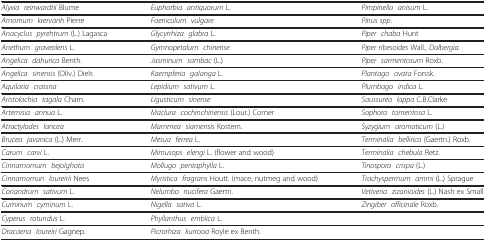
|  |  |  |
 | --- | --- | --- |
 | Alyxia reinwardtii Blume | Euphorbia antiquorum L. | Pimpinella anisum L. |
 | Amomum krervanh Pierre | Foeniculum vulgare | Pinus spp. |
 | Anacyclus pyrehtrum (L.) Lagasca | Glycyrrhiza glabra L. | Piper chaba Hunt |
 | Anethum graveolens L. | Gymnopetalum chinense | Piper ribesoides Wall., Dalbergia. |
 | Angelica dahurica Benth. | Jasminum sambac (L.) | Piper sarmentosum Roxb. |
 | Angelica sinensis (Oliv.) Diels | Kaempferia galanga L. | Plantago ovata Forssk. |
 | Aquilaria crassna | Lepidium sativum L. | Plumbago indica L. |
 | Aristolochia tagala Cham. | Ligusticum sinense | Saussurea lappa C.B.Clarke |
 | Artemisia annua L. | Maclura cochinchinensis (Lour.) Corner | Sophora tomentosa L. |
 | Atractylodes lancea | Mammea siamensis Kostern. | Syzygium aromaticum (L.) |
 | Brucea javanica (L.) Merr. | Mesua ferrea L. | Terminalia bellirica (Gaertn.) Roxb. |
 | Carum carvi L. | Mimusops elengi L. (flower and wood) | Terminalia chebula Retz. |
 | Cinnamomum bejolghota | Mollugo pentaphylla L. | Tinospora crispa (L.) |
 | Cinnamomun loureirii Nees | Myristica fragrans Houtt. (mace, nutmeg and wood) | Trachyspermum ammi (L.) Sprague |
 | Coriandrum sativum L. | Nelumbo nucifera Gaertn. | Vetiveria zizanioides (L.) Nash ex Small |
 | Cuminum cyminum L. | Nigella sativa L. | Zingiber officinale Roxb. |
 | Cyperus rotundus L. | Phyllanthus emblica L. |  |
 | Dracaena loureiri Gagnep. | Picrorhiza kurrooa Royle ex Benth. |  |